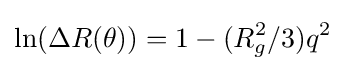
\ln(\Delta R(\theta ))=1-(R_{g}^{2}/3)q^{2}